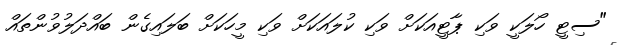
"ސިޓީ ހޯލަކީ ވަކި ޕާޓީއަކަށް ވަކި ކުލައަކަށް ވަކި މީހަކަށް ބަލައިގެން ބައްދަލުވުންތައް